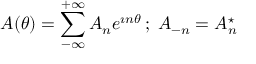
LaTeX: A ( \theta ) = \sum _ { - \infty } ^ { + \infty } A _ { n } e ^ { \imath n \theta } \, ; \; A _ { - n } = A _ { n } ^ { \star }